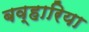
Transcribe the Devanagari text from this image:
बव्हारिया